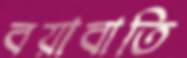
বয়াবাতি